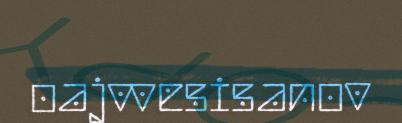
oajvvesisanov